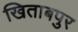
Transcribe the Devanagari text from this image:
खिताबपुर